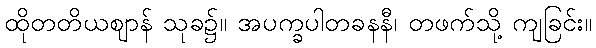
ထိုတတိယဈာန် သုခ၌။ အပက္ခပါတခနနီ၊ တဖက်သို့ ကျခြင်း။